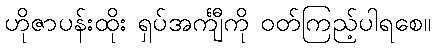
ဟိုဇာပန်းထိုး ရှပ်အင်္ကျီကို ဝတ်ကြည့်ပါရစေ။